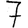
Digit: 7